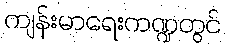
ကျန်းမာရေးကဏ္ဍတွင်